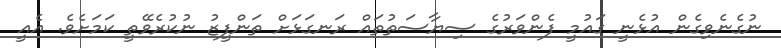
ނުގެނެވިގެން އުޅެނީ ގައުމީ ފެންވަރުގެ ސިޔާސަތުތައް ރަނގަޅަށް ތަންފީޒު ނުކުރެވޭތީ ކަމަށެވެ. އެއީ